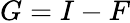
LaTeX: G=I-F